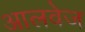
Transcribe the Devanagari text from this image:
आलवेज